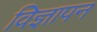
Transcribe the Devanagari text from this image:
विज्ञापन